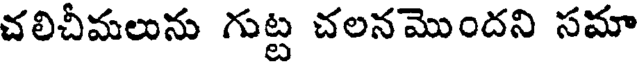
చలిచీమలును గుట్ట చలనమొందని సమా